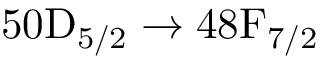
5 0 \mathrm { D } _ { 5 / 2 } \to 4 8 \mathrm { F } _ { 7 / 2 }